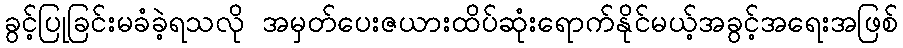
ခွင့်ပြုခြင်းမခံခဲ့ရသလို အမှတ်ပေးဇယားထိပ်ဆုံးရောက်နိုင်မယ့်အခွင့်အရေးအဖြစ်